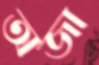
অজা